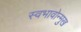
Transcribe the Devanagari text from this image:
स्वभावोन्मुख